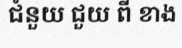
ជំនួយ ជួយ ពី ខាង